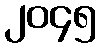
၂၀၄၅